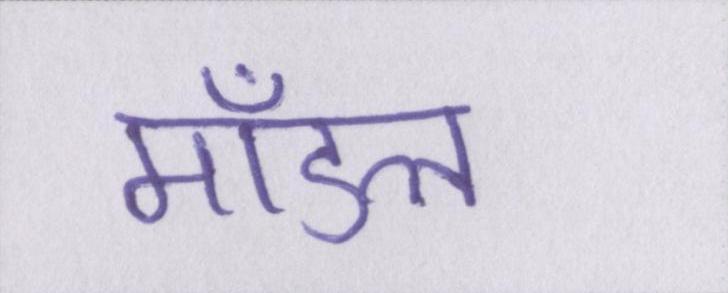
मॉडल